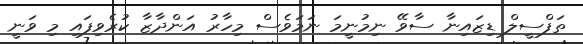
ތަފްސީލް ޑިޒައިނާ ސާވޭ ނިމުނީމަ ނަމަވެސް މިހާރު އަންދާޒާ ކުރެވިފައި މި ވަނީ